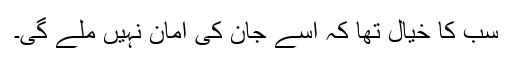
سب کا خیال تھا کہ اسے جان کی امان نہیں ملے گی۔